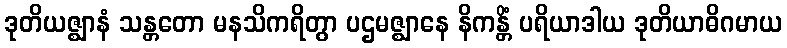
ဒုတိယဇ္ဈာနံ သန္တတော မနသိကရိတွာ ပဌမဇ္ဈာနေ နိကန္တိံ ပရိယာဒါယ ဒုတိယာဓိဂမာယ